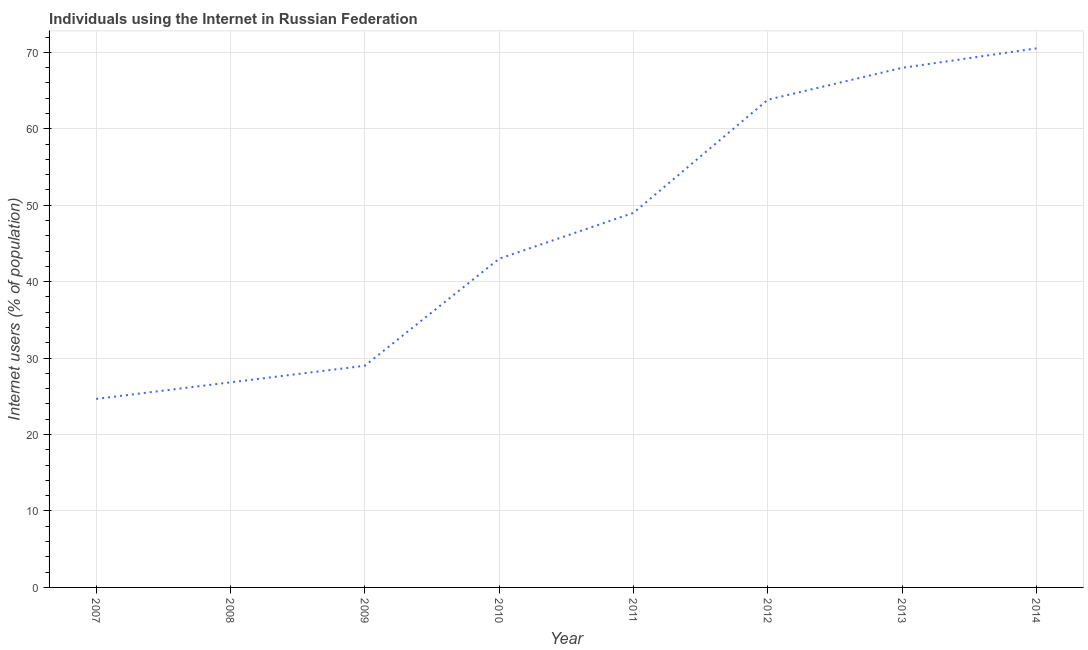
| Year | Internet users |
 | --- | --- |
 | 2007 | 24.7 |
 | 2008 | 26.8 |
 | 2009 | 29 |
 | 2010 | 43 |
 | 2011 | 49 |
 | 2012 | 63.8 |
 | 2013 | 68 |
 | 2014 | 70.5 |